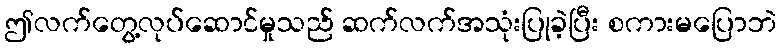
ဤလက်တွေ့လုပ်ဆောင်မှုသည် ဆက်လက်အသုံးပြုခဲ့ပြီး စကားမပြောဘဲ